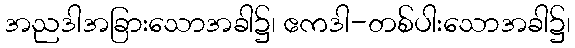
အညဒါအခြားသောအခါ၌၊ ဧကဒါ-တစ်ပါးသောအခါ၌၊